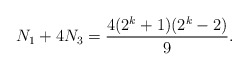
\begin{align*}N_1+4N_3=\frac{4(2^k+1)(2^{k}-2)}{9}.\end{align*}